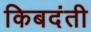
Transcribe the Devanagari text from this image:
किबदंती